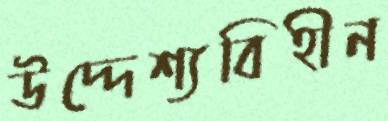
উদ্দেশ্যবিহীন